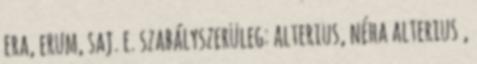
era, erum, saj. e. szabályszerüleg: alterius, néha alterius ,